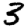
Digit: 3